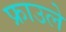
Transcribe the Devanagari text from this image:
फ्राउले